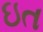
ઇત